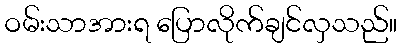
ဝမ်းသာအားရ ပြောလိုက်ချင်လှသည်။